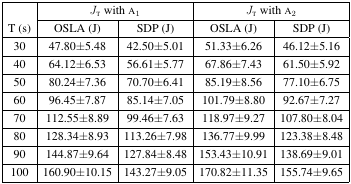
| <ROWSPAN=2> T (s) | <COLSPAN=2> JT with A1 | <COLSPAN=2> JT with A2 |
 | OSLA (J) | SDP (J) | OSLA (J) | SDP (J) |
 | --- | --- | --- | --- | --- |
 | 30 | 47.80±5.48 | 42.50±5.01 | 51.33±6.26 | 46.12±5.16 |
 | 40 | 64.12±6.53 | 56.61±5.77 | 67.86±7.43 | 61.50±5.92 |
 | 50 | 80.24±7.36 | 70.70±6.41 | 85.19±8.56 | 77.10±6.75 |
 | 60 | 96.45±7.87 | 85.14±7.05 | 101.79±8.80 | 92.67±7.27 |
 | 70 | 112.55±8.89 | 99.46±7.63 | 118.97±9.27 | 107.80±8.04 |
 | 80 | 128.34±8.93 | 113.26±7.98 | 136.77±9.99 | 123.38±8.48 |
 | 90 | 144.87±9.64 | 127.84±8.48 | 153.43±10.91 | 138.69±9.01 |
 | 100 | 160.90±10.15 | 143.27±9.05 | 170.82±11.35 | 155.74±9.65 |